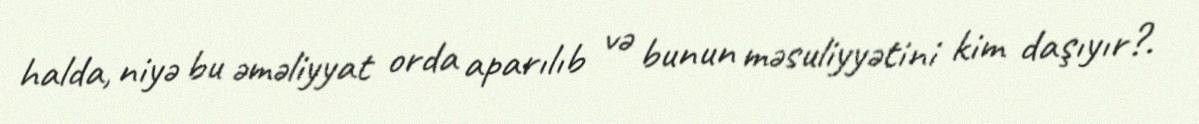
halda, niyə bu əməliyyat orda aparılıb və bunun məsuliyyətini kim daşıyır?.